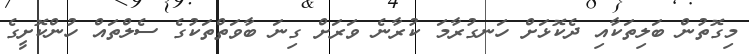
މިގޮތުން ބަލިތަކާއި ދެކޮޅަށް ހަނގުރާމަ ކުރާނެ ވަރަށް ގިނަ ބާވަތްތަކުގެ ސެލްތައް ހުންކޮށީގެ